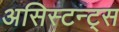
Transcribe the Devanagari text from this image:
असिस्टन्ट्स